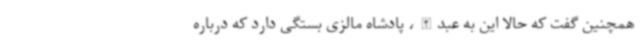
همچنین گفت که حالا این به عبدالله، پادشاه مالزی بستگی دارد که درباره